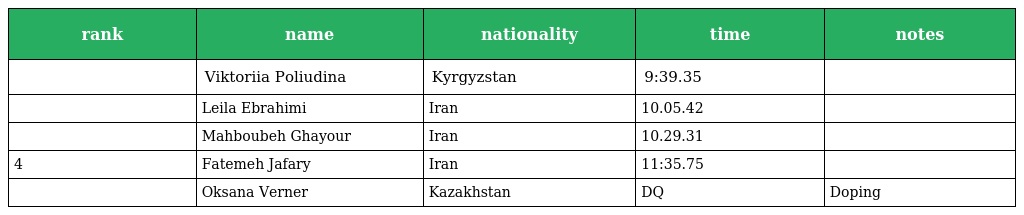
| rank | name | nationality | time | notes |
 | --- | --- | --- | --- | --- |
 |  | Viktoriia Poliudina | Kyrgyzstan | 9:39.35 |  |
 |  | Leila Ebrahimi | Iran | 10.05.42 |  |
 |  | Mahboubeh Ghayour | Iran | 10.29.31 |  |
 | 4 | Fatemeh Jafary | Iran | 11:35.75 |  |
 |  | Oksana Verner | Kazakhstan | DQ | Doping |